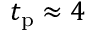
t _ { \mathrm { p } } \approx 4